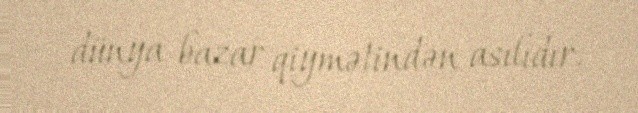
dünya bazar qiymətindən asılıdır.